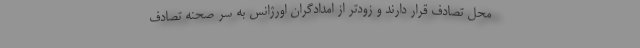
محل تصادف قرار دارند و زودتر از امدادگران اورژانس به سر صحنه تصادف